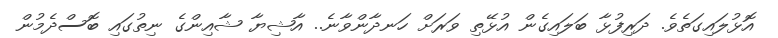
އޮޅުލައިގަތެވެ. ދަރިފުޅާ ބަލައިގެން އުޅޭތި ވަރަށް ހަނދާންވާނެ.. އާޝިޔާ ޝާއިންގެ ނިތުގައި ބޮސްދެމުން